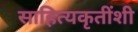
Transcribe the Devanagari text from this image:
साहित्यकृतींशी